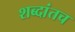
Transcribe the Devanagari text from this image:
शब्दांतच